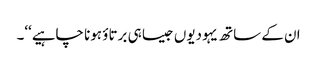
ان کے ساتھ یہودیوں جیسا ہی برتاؤ ہونا چاہیے‘‘۔